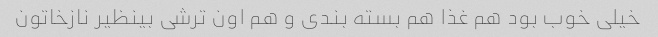
خیلی خوب بود هم غذا هم بسته بندی و هم اون ترشی بینظیر نازخاتون